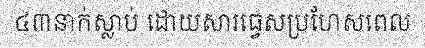
៤៣នាក់ស្លាប់ ដោយសារធ្វេសប្រហែសពេល